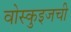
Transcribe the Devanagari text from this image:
वोस्कुइजची